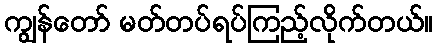
ကျွန်တော် မတ်တပ်ရပ်ကြည့်လိုက်တယ်။